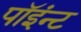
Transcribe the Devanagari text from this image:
पॉइंन्ट